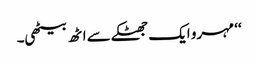
‘‘ مہرو ایک جھٹکے سے اٹھ بیٹھی۔